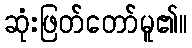
ဆုံးဖြတ်တော်မူ၏။